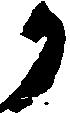
か